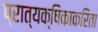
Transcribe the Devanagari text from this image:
प्रात्यक्षिकाकरिता